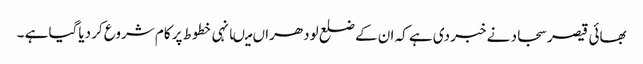
بھائی قیصر سجاد نے خبر دی ہے کہ ان کے ضلع لودھراں میںانہی خطوط پر کام شروع کر دیاگیا ہے ۔